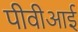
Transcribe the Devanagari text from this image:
पीवीआई